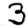
Digit: 3